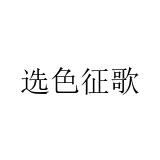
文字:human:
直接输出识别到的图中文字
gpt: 选色征歌